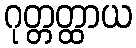
ဂုတ္တတ္ထာယ